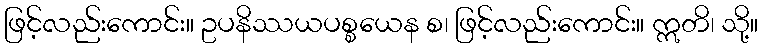
ဖြင့်လည်းကောင်း။ ဥပနိဿယပစ္စယေန စ၊ ဖြင့်လည်းကောင်း။ ဣတိ၊ သို့။